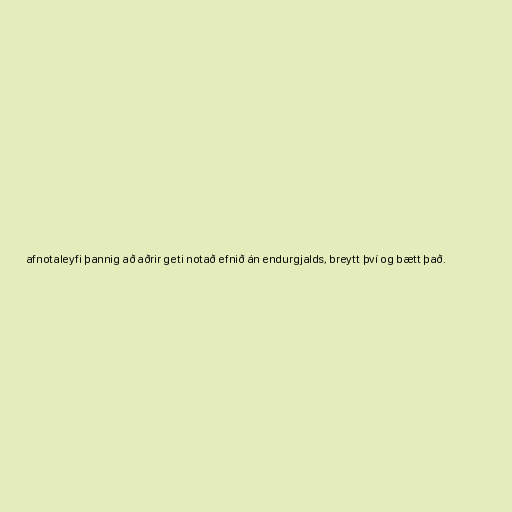
afnotaleyfi þannig að aðrir geti notað efnið án endurgjalds, breytt því og bætt það.